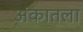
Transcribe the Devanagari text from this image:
अंकातला